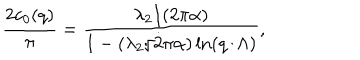
{ \frac { 2 c _ { 0 } ( q ) } { \pi } } = { \frac { \lambda _ { 2 } / ( 2 \pi \alpha ) } { 1 - ( \lambda _ { 2 } / 2 \pi \alpha ) \ln ( q / \Lambda ) } } ,